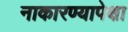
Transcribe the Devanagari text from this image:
नाकारण्यापेक्षा